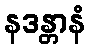
နဒန္တာနံ